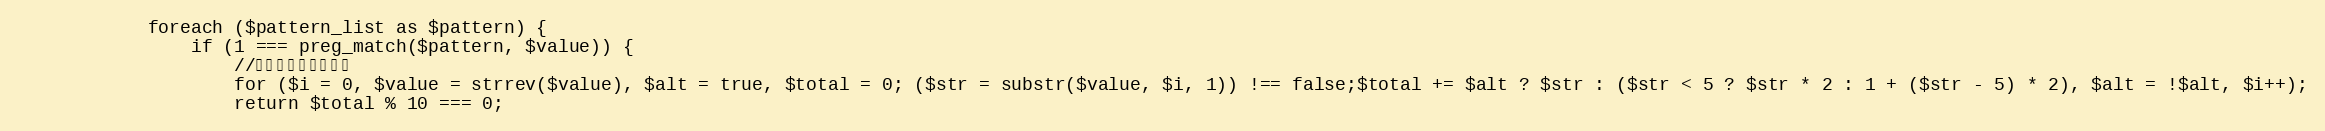
Language: PHP
			foreach ($pattern_list as $pattern) {
				if (1 === preg_match($pattern, $value)) {
					//チェックディジット
					for ($i = 0, $value = strrev($value), $alt = true, $total = 0; ($str = substr($value, $i, 1)) !== false;$total += $alt ? $str : ($str < 5 ? $str * 2 : 1 + ($str - 5) * 2), $alt = !$alt, $i++);
					return $total % 10 === 0;